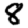
Digit: 8